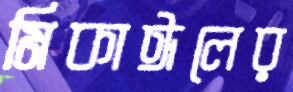
মিকাঈলের